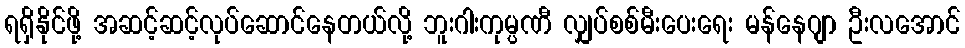
ရရှိနိုင်ဖို့ အဆင့်ဆင့်လုပ်ဆောင်နေတယ်လို့ ဘူးဂါးကုမ္ပဏီ လျှပ်စစ်မီးပေးရေး မန်နေဂျာ ဦးလအောင်